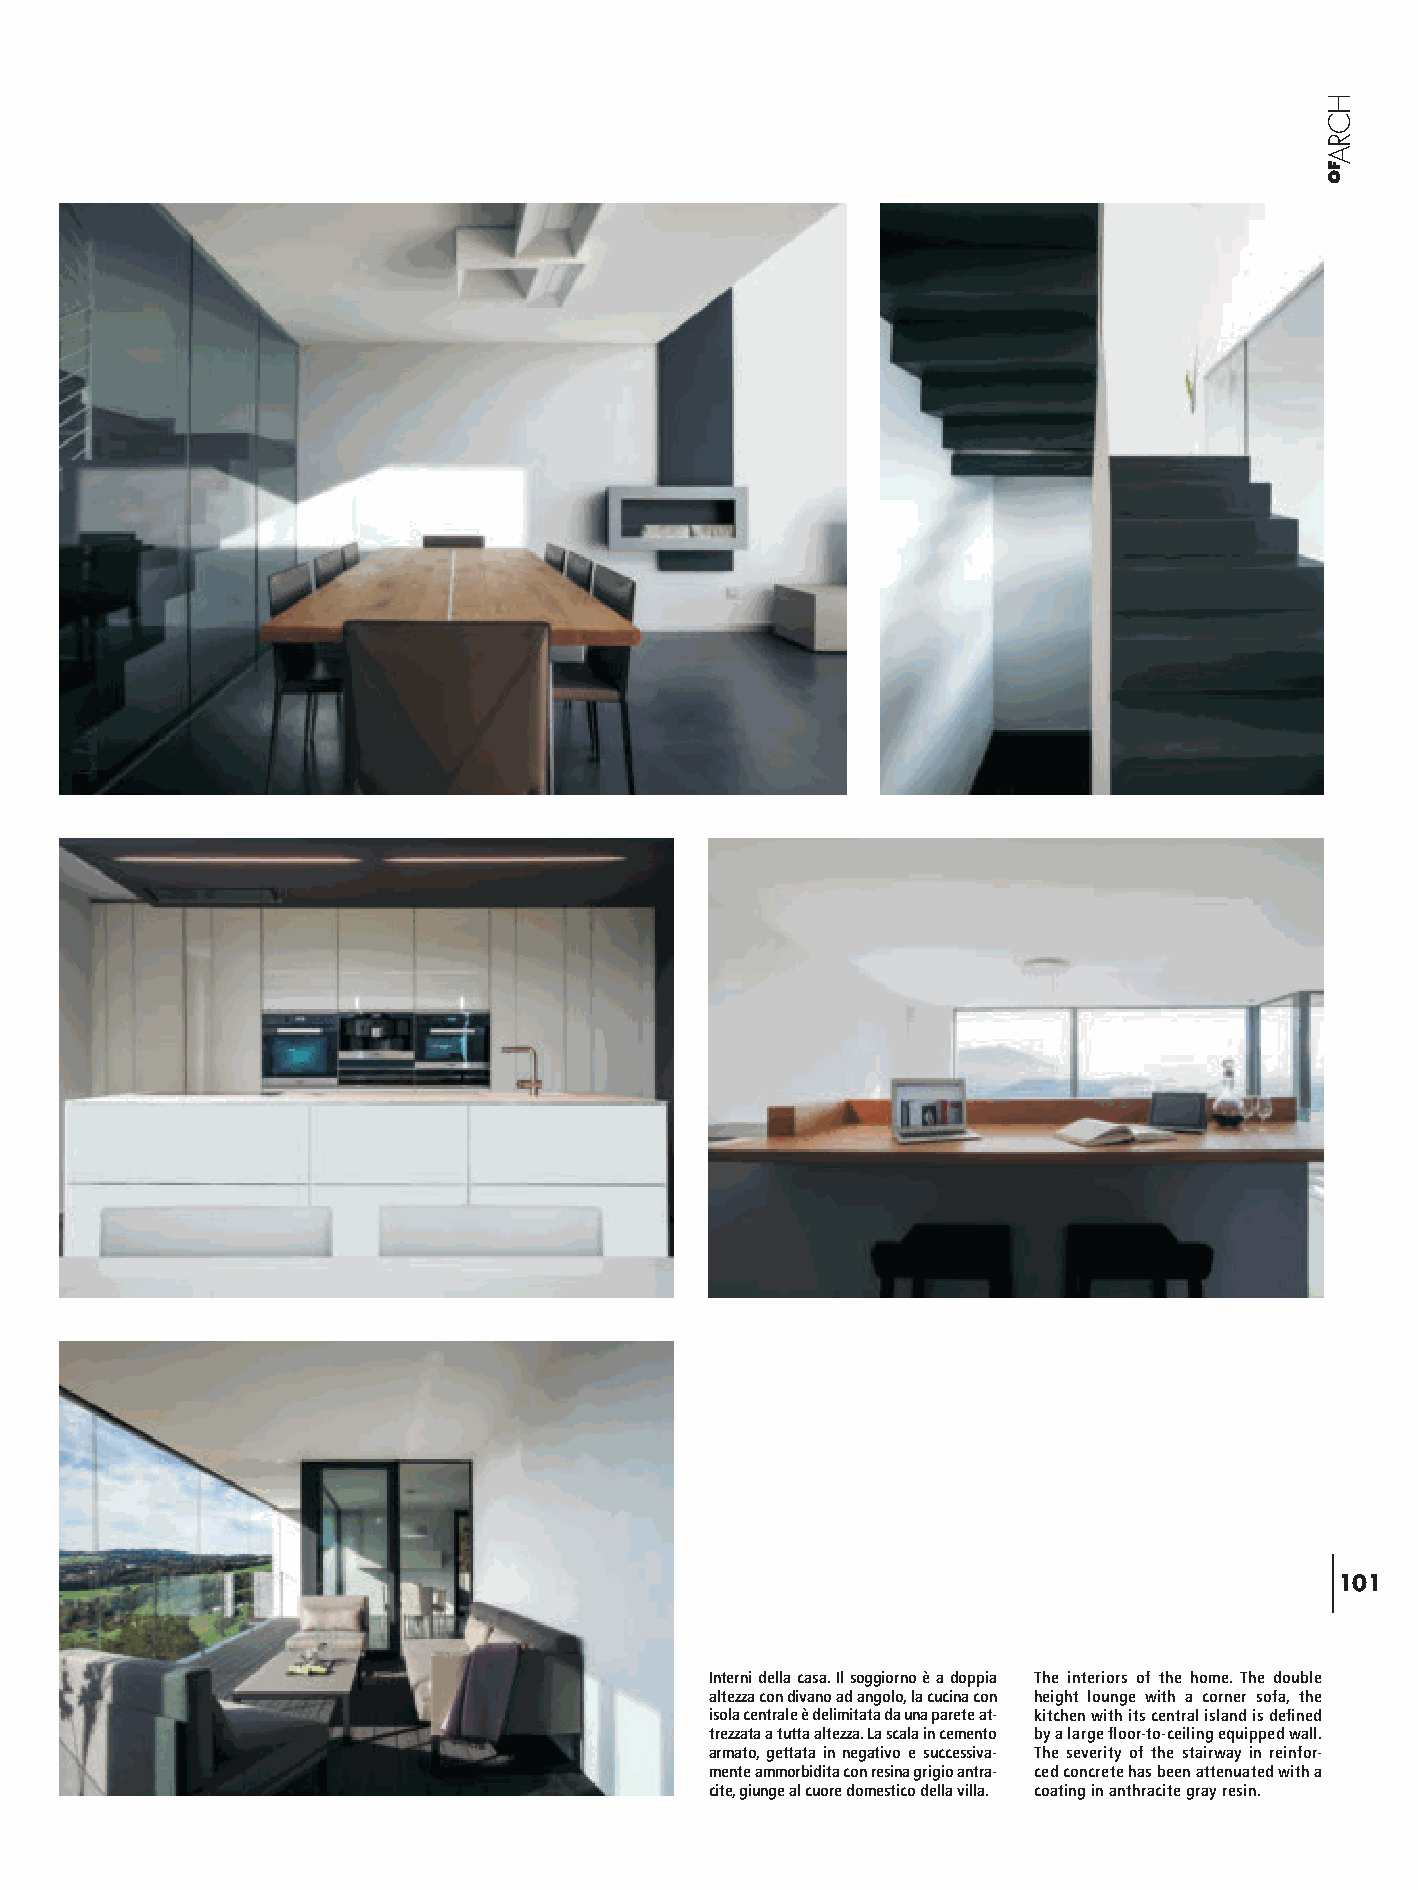
101
 Interni della casa. Il soggiorno è a doppia The interiors of the home. The double
 altezza con divano ad angolo, la cucina con height lounge with a corner sofa, the
 isola centrale è delimitata da una parete at- kitchen with its central island is defined
 trezzata a tutta altezza. La scala in cemento by a large floor-to-ceiling equipped wall.
 armato, gettata in negativo e successiva- The severity of the stairway in reinfor-
 mente ammorbidita con resina grigio antra- ced concrete has been attenuated with a
 cite, giunge al cuore domestico della villa. coating in anthracite gray resin.
 HCRAFO